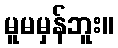
မူမမှန်ဘူး။